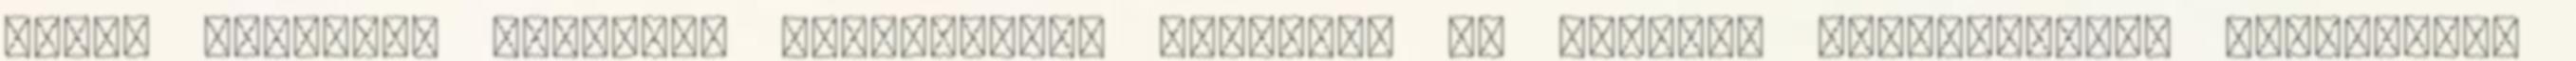
darab egyforma hardverű számítógép. Feladat: az egyiken előkészített Frugalware